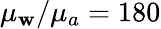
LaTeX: \mu_{\mathbf{w}}/\mu_{a}=180